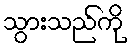
သွားသည်ကို